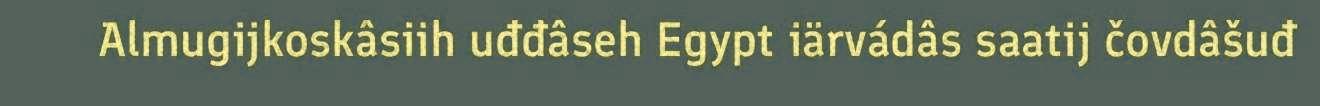
Almugijkoskâsiih uđđâseh Egypt iärvádâs saatij čovdâšuđ